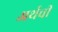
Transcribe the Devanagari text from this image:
अर्थची